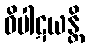
ဝိပါဋယန္တိ